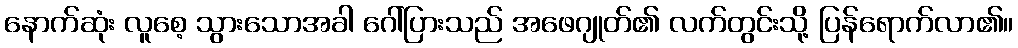
နောက်ဆုံး လူစေ့ သွားသောအခါ ဂေါ်ပြားသည် အဖေဂျုတ်၏ လက်တွင်းသို့ ပြန်ရောက်လာ၏။